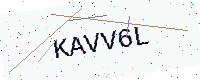
Text: KAVV6L